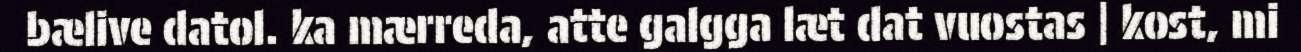
bælive datol. ka mærreda, atte galgga læt dat vuostas | kost, mi